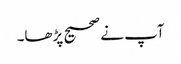
آپ نے صحیح پڑھا۔